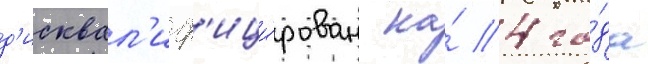
д'исквал'иф'ици́рован на́ 4 го́да